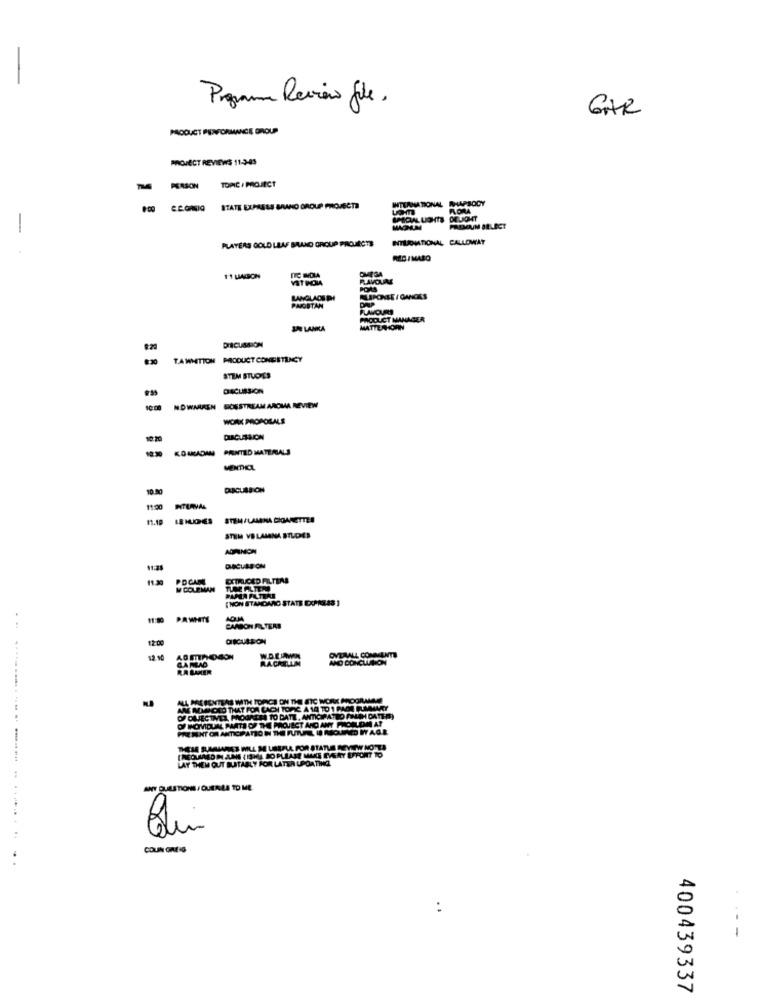
Programa Reviens file.
GAR
PRODUCT PERFORMANCE GROUP
PROJECT REVIEWS 11-3-45
TOPIC / PROJECT
INTERNATIONAL RHAPSODY
STATE EXPRESS BRANO GROUP PROJECTI
FLORA
BMIDAL LIGHTS DELIGHT
-
PREMIUM BELEGT
PLAYERS GOLD LEAF BRAND GROUP PROJECTS
ITURNIATIONAL CALLOWAY
RED I MASO
DMESA
RAVOUM
PORS
LANGLADU PH
PAIOSTAN
FLAVOURI
PRODUCT MANAGER
IN LANKA
MATTERHOF
DISCUSSION
TA WHITION PRODUCT CONESTLACY
STILM STUDIES
DICUSSION
NOWMUREN
SOSSTREAM AROMA REVIEW
WORK PROPOLALE
1.20
DLACUSSION
KOMCADAM PRINTED MATERIALS
10 80
DICUSSION
11:200
MITUNAL
11.19
LE HUGHES STEM/LAMINA CIGARETTES
STIM VB LAMINA STLDES
ADRNON
DICLASION
CITRICED FILTERS
W COLEMAN
PARA ALTERAR
[NON STANDARD STATE DORNELAS ]
11:00 PAWHITE
ADM
CARBON FILTERS
12:0
OVERALL CONMENTE
12.10
CARLAO
ADMIROSON
RACHELUM
AND CONCLUINON
RA MAKER
ALL
MESENTLAS WITH TOINCH ON THE ETC MORE AROORMAN
AM MINCED THAT FOR CACH TOPIC A 10 TO 1 PAGE SUMMARY
OF OMJECTIVEA, PROGREE TO DATE, ANTICIPATED FINO DATEN
OF HOMVIDUAL PARTI OF THE PRIQUIEST AND ANY FRACIKLON AT
PRE MEHT OR ANTICIPATION THE FUTURE IS MOUNTED WAGE
DEH RAMIARES ILL ME USEFUL FOR STATUS REVIEW NOTTA
REQUIRED IN ANS (ISHA, SO PLEASE MAKE EVERY EFFORT TO
LAY THEM OUT SUITABLY FOR LATER UPDATING
ANY QUESTIONS/ QUERLA TO ME
. ...
COUN GREG
..
:
400439337